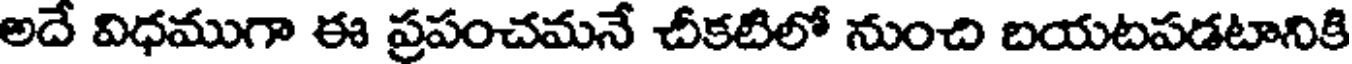
అదే విధముగా ఈ ప్రపంచమనే చీకటిలో నుంచి బయటపడటానికి